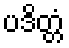
ပဒိတ္တံ